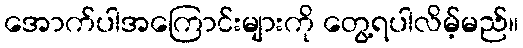
အောက်ပါအကြောင်းများကို တွေ့ရပါလိမ့်မည်။